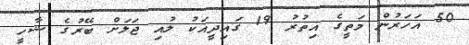
50 އަހަރުން މަތީގެ އިތުރު 19 ގައިދީއަކު ލުއި ޖަލަށް ބޭރުގެ ޝާހީ